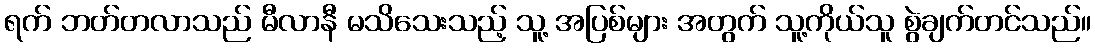
ရက် ဘတ်တလာသည် မီလာနီ မသိသေးသည့် သူ့ အပြစ်များ အတွက် သူ့ကိုယ်သူ စွဲချက်တင်သည်။